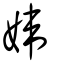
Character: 媁